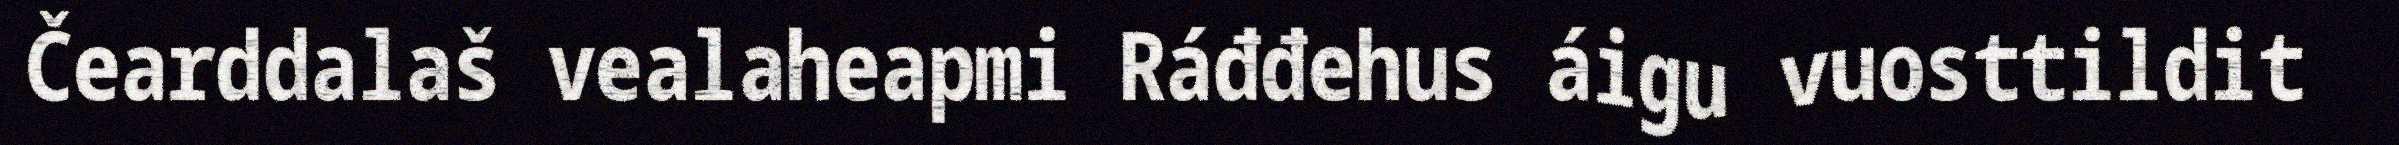
Čearddalaš vealaheapmi Ráđđehus áigu vuosttildit